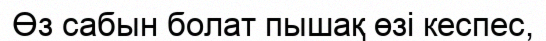
Өз сабын болат пышақ өзі кеспес,